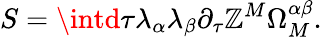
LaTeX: S=\intd\tau\lambda_{\alpha}\lambda_{\beta}\partial_{\tau}\mathbb{Z}^{M}\Omega_{M}^{\alpha\beta}.